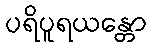
ပရိပူရယန္တော